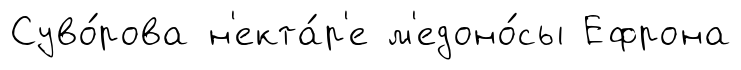
Суво́рова н'екта́р'е м'едоно́сы Ефрона